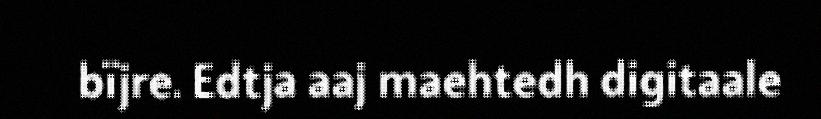
bïjre. Edtja aaj maehtedh digitaale